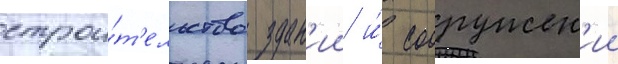
строи́т'ельство здан'ии и́ сооружен'ии